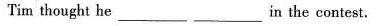
Tim thought he____ ___ in the contest.